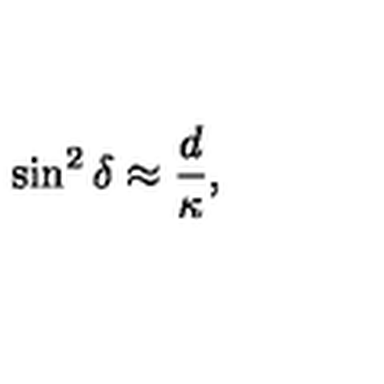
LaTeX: \sin ^ { 2 } { \delta } \approx \frac { d } { \kappa } ,